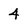
Character: 4